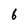
Character: 6